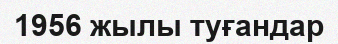
1956 жылы туғандар